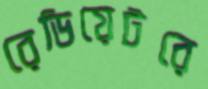
রেডিয়েটরে